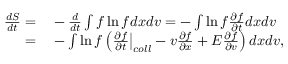
\begin{array} { r l } { \frac { d S } { d t } = } & { { } - \frac { d } { d t } \int f \ln f d x d v = - \int \ln f \frac { \partial f } { \partial t } d x d v } \\ { = } & { { } - \int \ln f \left( \frac { \partial f } { \partial t } \bigr \rvert _ { c o l l } - v \frac { \partial f } { \partial x } + E \frac { \partial f } { \partial v } \right) d x d v , } \end{array}